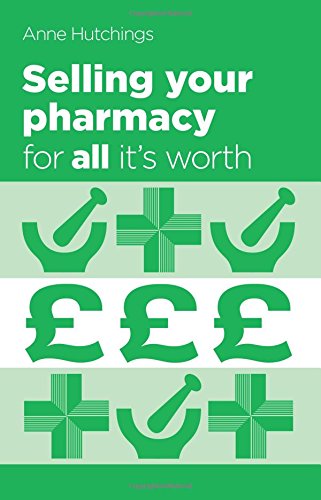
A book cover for Selling Your Pharmacy for All it's Worth: The Guide to Selling Your Community Pharmacy Business; Anne Hutchings; Business & Money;